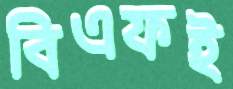
বিএফই